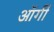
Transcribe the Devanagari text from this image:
ऑर्गी